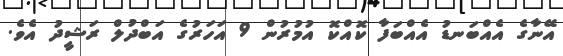
އޭނާގެ އެއްބަނޑު އެއްބަފާ ކޮއްކޮ އުމުރުން 9 އަހަރުގެ އަބްދުލް ރަޝީދު އެވެ.